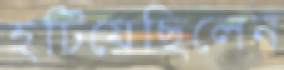
হটিয়েছিলেন